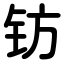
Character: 钫